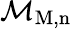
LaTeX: \mathcal{M}_{\mathrm{{M},n}}